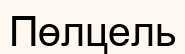
Пөлцель